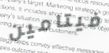
فيتامين